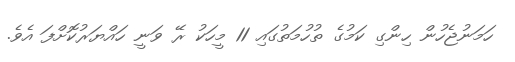
ހަމަނުޖެހުން ހިންގި ކަމުގެ ތުހުމަތުގައި 11 މީހަކު ރޭ ވަނީ ހައްޔަރުކޮށްފަ އެވެ.